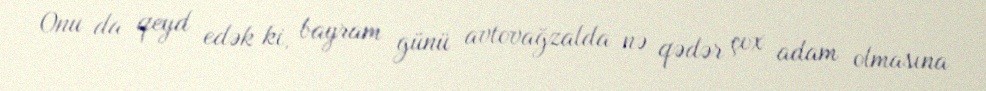
Onu da qeyd edək ki, bayram günü avtovağzalda nə qədər çox adam olmasına